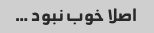
اصلا خوب نبود …